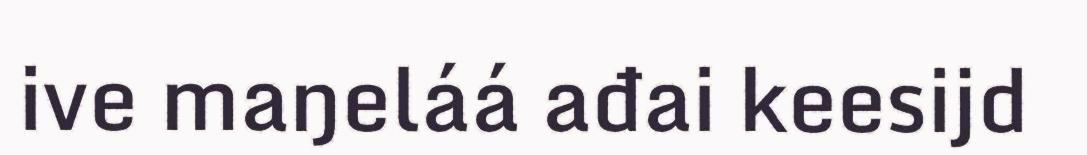
ive maŋeláá ađai keesijd